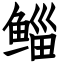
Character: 鲻